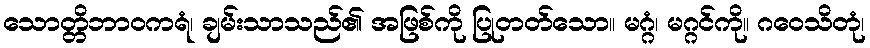
သောတ္တိဘာဝကရံ၊ ချမ်းသာသည်၏ အဖြစ်ကို ပြုတတ်သော။ မဂ္ဂံ၊ မဂ္ဂင်ကို။ ဂဝေသိတုံ၊